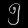
Digit: ၅